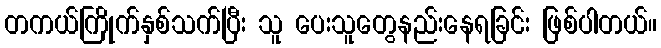
တကယ်ကြိုက်နှစ်သက်ပြီး သူ ပေးသူတွေနည်းနေရခြင်း ဖြစ်ပါတယ်။